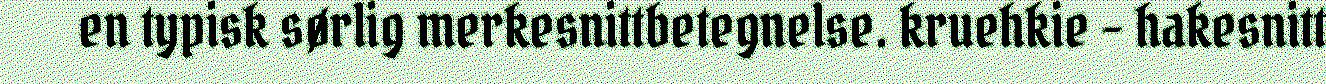
en typisk sørlig merkesnittbetegnelse. kruehkie - hakesnitt